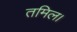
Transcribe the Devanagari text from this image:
तमिल।